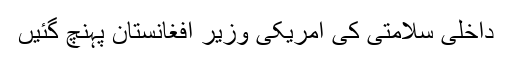
داخلی سلامتی کی امریکی وزیر افغانستان پہنچ گئیں